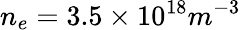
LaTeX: n_{e}=3.5\times 10^{18}m^{-3}